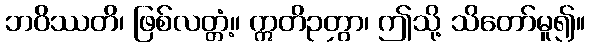
ဘဝိဿတိ၊ ဖြစ်လတ္တံ့။ ဣတိဉတွာ၊ ဤသို့ သိတော်မူ၍။